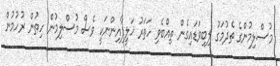
މުސްލިމުންގެ ތެދުމަގު ލިބިވަޑައިގެން ތިއްބެވި ހަތަރު ޚަލީފާއިންނަކީ ވެސް މުސްލިމުން ހިތުން ރުހުމުން